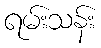
ရမ်းသန်း